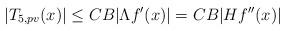
LaTeX: \begin{align*}|T_{5,pv}(x)| \leq C B |\Lambda f'(x)| = C B |H f''(x)|\end{align*}